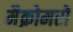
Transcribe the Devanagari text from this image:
मैक्रोमरों